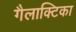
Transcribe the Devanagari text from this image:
गैलाक्टिका